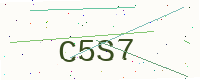
Text: C5S7